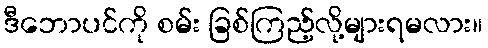
ဒီဘောပင်ကို စမ်း ခြစ်ကြည့်လို့များရမလား။